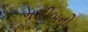
નસીબનો